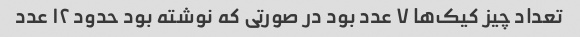
تعداد چیز کیک‌ها ٧ عدد بود در صورتی که نوشته بود حدود ١٢ عدد